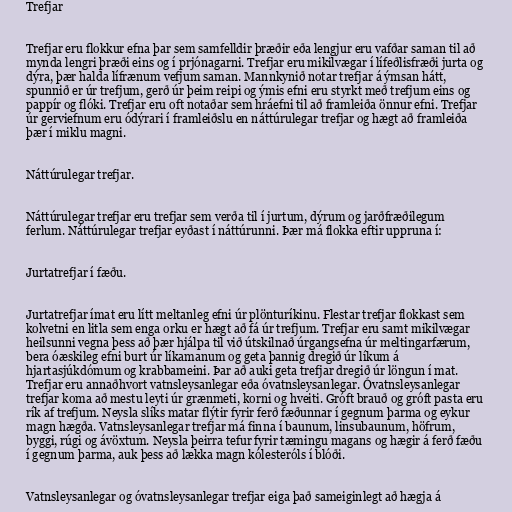
Trefjar

Trefjar eru flokkur efna þar sem samfelldir þræðir eða lengjur eru vafðar saman til að
mynda lengri þræði eins og í prjónagarni. Trefjar eru mikilvægar í lífeðlisfræði jurta og
dýra, þær halda lífrænum vefjum saman. Mannkynið notar trefjar á ýmsan hátt,
spunnið er úr trefjum, gerð úr þeim reipi og ýmis efni eru styrkt með trefjum eins og
pappír og flóki. Trefjar eru oft notaðar sem hráefni til að framleiða önnur efni. Trefjar
úr gerviefnum eru ódýrari í framleiðslu en náttúrulegar trefjar og hægt að framleiða
þær í miklu magni.

Náttúrulegar trefjar.

Náttúrulegar trefjar eru trefjar sem verða til í jurtum, dýrum og jarðfræðilegum
ferlum. Náttúrulegar trefjar eyðast í náttúrunni. Þær má flokka eftir uppruna í:

Jurtatrefjar í fæðu.

Jurtatrefjar ímat eru lítt meltanleg efni úr plönturíkinu. Flestar trefjar flokkast sem
kolvetni en litla sem enga orku er hægt að fá úr trefjum. Trefjar eru samt mikilvægar
heilsunni vegna þess að þær hjálpa til við útskilnað úrgangsefna úr meltingarfærum,
bera óæskileg efni burt úr líkamanum og geta þannig dregið úr líkum á
hjartasjúkdómum og krabbameini. Þar að auki geta trefjar dregið úr löngun í mat.
Trefjar eru annaðhvort vatnsleysanlegar eða óvatnsleysanlegar. Óvatnsleysanlegar
trefjar koma að mestu leyti úr grænmeti, korni og hveiti. Gróft brauð og gróft pasta eru
rík af trefjum. Neysla slíks matar flýtir fyrir ferð fæðunnar í gegnum þarma og eykur
magn hægða. Vatnsleysanlegar trefjar má finna í baunum, linsubaunum, höfrum,
byggi, rúgi og ávöxtum. Neysla þeirra tefur fyrir tæmingu magans og hægir á ferð fæðu
í gegnum þarma, auk þess að lækka magn kólesteróls í blóði.

Vatnsleysanlegar og óvatnsleysanlegar trefjar eiga það sameiginlegt að hægja á